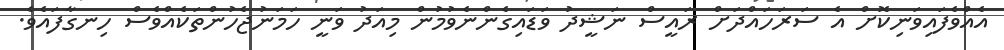
އެއްވެފައިވަނިކޮށް އެ ސަރަހައްދަށް ރައީސް ނަޝީދު ވަޑައިގެންނެވުމުން މިއަދު ވަނީ ހަމަނުޖެހުންތަކެއްވެސް ހިނގާފައެވެ.